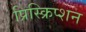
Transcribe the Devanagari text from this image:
प्रिस्क्रिप्शन